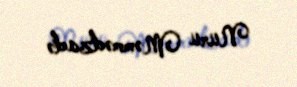
Nuru Məmmədzadə